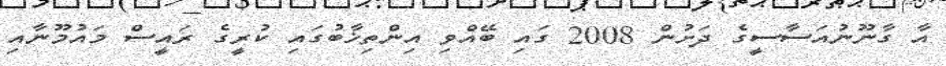
އާ ގާނޫނުއަސާސީގެ ދަށުން 2008 ގައި ބޭއްވި އިންތިޚާބުގައި ކުރީގެ ރައީސް މައުމޫނާއި